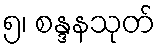
၅၊ စန္ဒနသုတ်